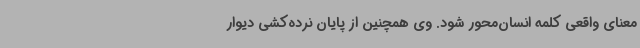
معنای واقعی کلمه انسان‌محور شود. وی همچنین از پایان نرده‌کشی دیوار